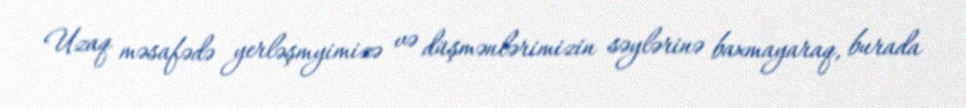
Uzaq məsafədə yerləşmyimizə və düşmənlərimizin səylərinə baxmayaraq, burada